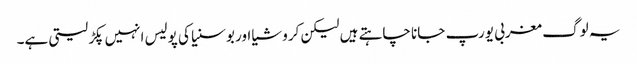
یہ لوگ مغربی یورپ جانا چاہتے ہیں لیکن کروشیا اور بوسنیا کی پولیس انہیں پکڑ لیتی ہے۔